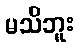
မသိဘူး